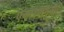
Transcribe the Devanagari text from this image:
एकादशमुखी